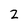
Character: 2